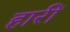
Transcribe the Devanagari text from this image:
हारीं